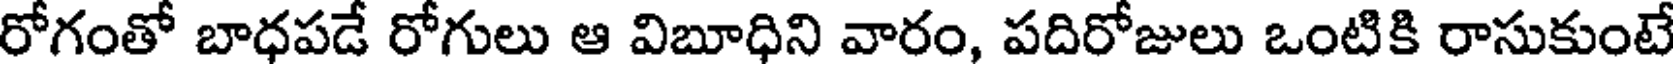
రోగంతో బాధపడే రోగులు ఆ విబూధిని వారం, పదిరోజులు ఒంటికి రాసుకుంటే